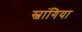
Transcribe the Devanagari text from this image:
स्वांगिया